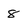
Character: 8